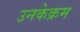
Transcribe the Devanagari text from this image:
उनकेक्रम